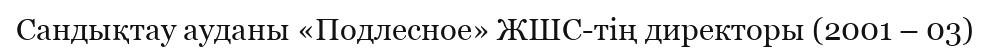
Сандықтау ауданы «Подлесное» ЖШС-тің директоры (2001 – 03)